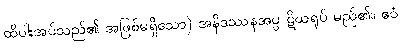
ထိပါးအပ်သည်၏ အဖြစ်မရှိသော) အနိဒဿနအပ္ပ ဋိဃရုပ် မည်၏။ ဧဝံ